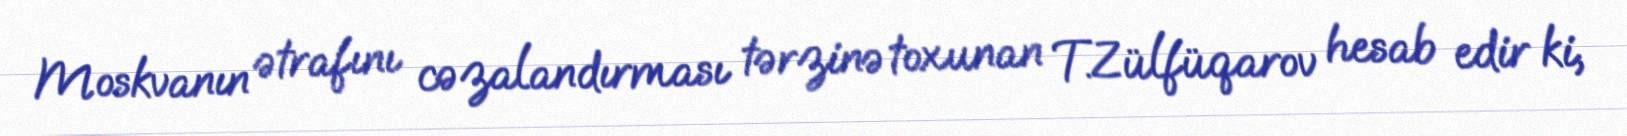
Moskvanın ətrafını cəzalandırması tərzinə toxunan T.Zülfüqarov hesab edir ki,